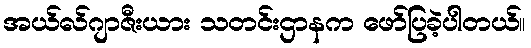
အယ်လ်ဂျာဇီးယား သတင်းဌာနက ဖော်ပြခဲ့ပါတယ်။